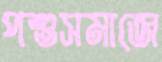
পশুসমাজে